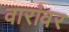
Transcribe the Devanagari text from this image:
वारांवर